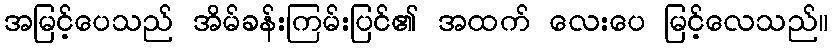
အမြင့်ပေသည် အိမ်ခန်းကြမ်းပြင်၏ အထက် လေးပေ မြင့်လေသည်။